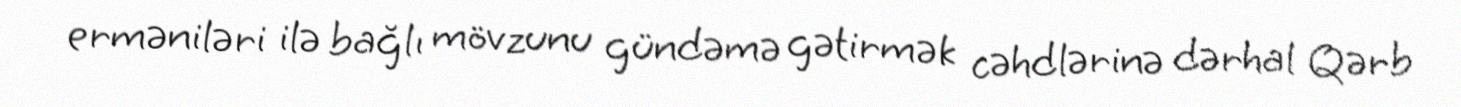
erməniləri ilə bağlı mövzunu gündəmə gətirmək cəhdlərinə dərhal Qərb